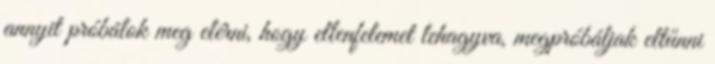
annyit próbálok meg elérni, hogy ellenfelemet lehagyva, megpróbáljak eltűnni